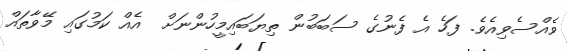
ވެއްސެވިއެވެ. ފަހެ އެ ފެނުގެ ސަބަބުން ތިޔަބައިމީހުންނަށް  އެއް ކަމުގައި މޭވާތައް